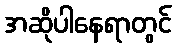
အဆိုပါနေရာတွင်